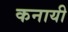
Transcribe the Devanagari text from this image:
कनायी